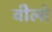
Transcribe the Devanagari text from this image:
वीलो